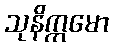
သုနိက္ကမော